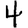
Digit: 4